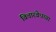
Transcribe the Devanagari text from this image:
विचारवेधच्या